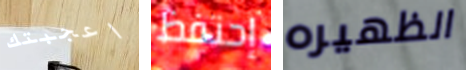
اعجبتك إحتفظ الظهيره